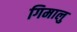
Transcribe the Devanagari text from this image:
गिमालु